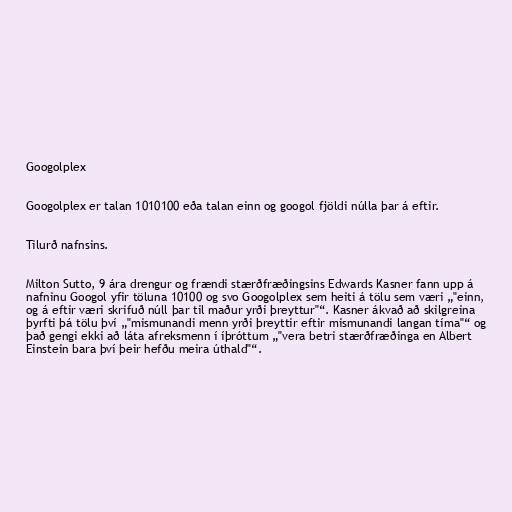
Googolplex

Googolplex er talan 1010100 eða talan einn og googol fjöldi núlla þar á eftir.

Tilurð nafnsins.

Milton Sutto, 9 ára drengur og frændi stærðfræðingsins Edwards Kasner fann upp á
nafninu Googol yfir töluna 10100 og svo Googolplex sem heiti á tölu sem væri „"einn,
og á eftir væri skrifuð núll þar til maður yrði þreyttur"“. Kasner ákvað að skilgreina
þyrfti þá tölu því „"mismunandi menn yrði þreyttir eftir mismunandi langan tíma"“ og
það gengi ekki að láta afreksmenn í íþróttum „"vera betri stærðfræðinga en Albert
Einstein bara því þeir hefðu meira úthald"“.